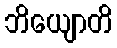
ဘိယျောတိ